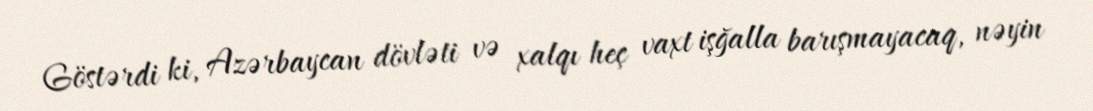
Göstərdi ki, Azərbaycan dövləti və xalqı heç vaxt işğalla barışmayacaq, nəyin